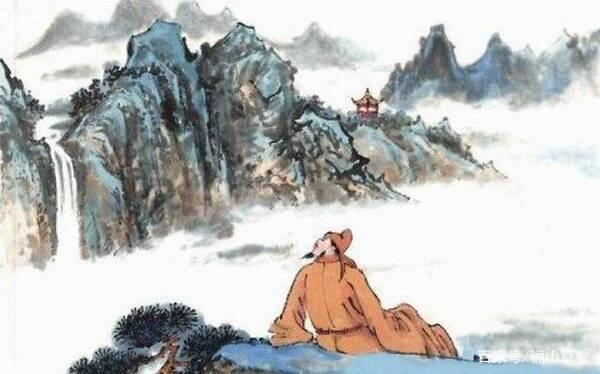
空园白露滴，孤壁野僧邻。